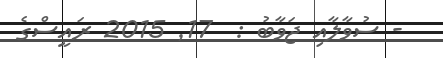
- ސުވާލާއި ޖަވާބު :  17